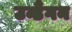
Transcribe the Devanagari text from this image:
उन्डैंगन